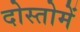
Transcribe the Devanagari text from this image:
दोस्तोमें